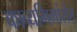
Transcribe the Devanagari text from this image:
काव्यमिमांसेत